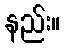
နည်း။